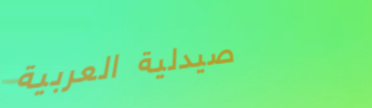
صيدلية العربية